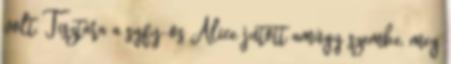
volt. Tisztára a syfy-os Alice jutott amúgy szembe, meg